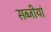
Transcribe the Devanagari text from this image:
सब्जीयां